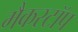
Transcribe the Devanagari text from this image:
मैकस्टॉप